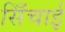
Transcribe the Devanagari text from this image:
सिँचाई